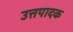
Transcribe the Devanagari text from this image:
उत्तपादक